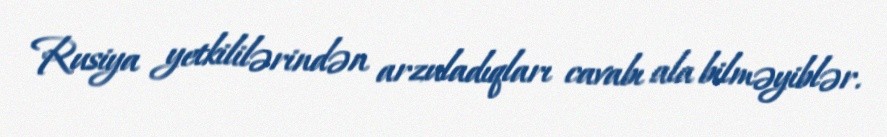
Rusiya yetkililərindən arzuladıqları cavabı ala bilməyiblər.